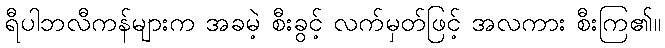
ရီပါဘလီကန်များက အခမဲ့ စီးခွင့် လက်မှတ်ဖြင့် အလကား စီးကြ၏။